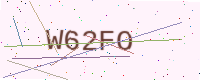
Text: W62FO